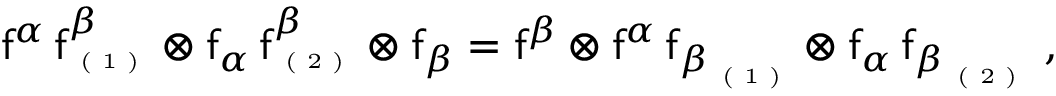
\begin{array} { r } { { \sf f } ^ { \alpha } \, { \sf f } _ { \textrm { \tiny ( 1 ) } } ^ { \beta } \otimes { \sf f } _ { \alpha } \, { \sf f } _ { \textrm { \tiny ( 2 ) } } ^ { \beta } \otimes { \sf f } _ { \beta } = { \sf f } ^ { \beta } \otimes { \sf f } ^ { \alpha } \, { { \sf f } _ { \beta } } _ { \textrm { \tiny ( 1 ) } } \otimes { \sf f } _ { \alpha } \, { { \sf f } _ { \beta } } _ { \textrm { \tiny ( 2 ) } } \ , } \end{array}